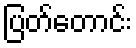
ပြတ်တောင်း